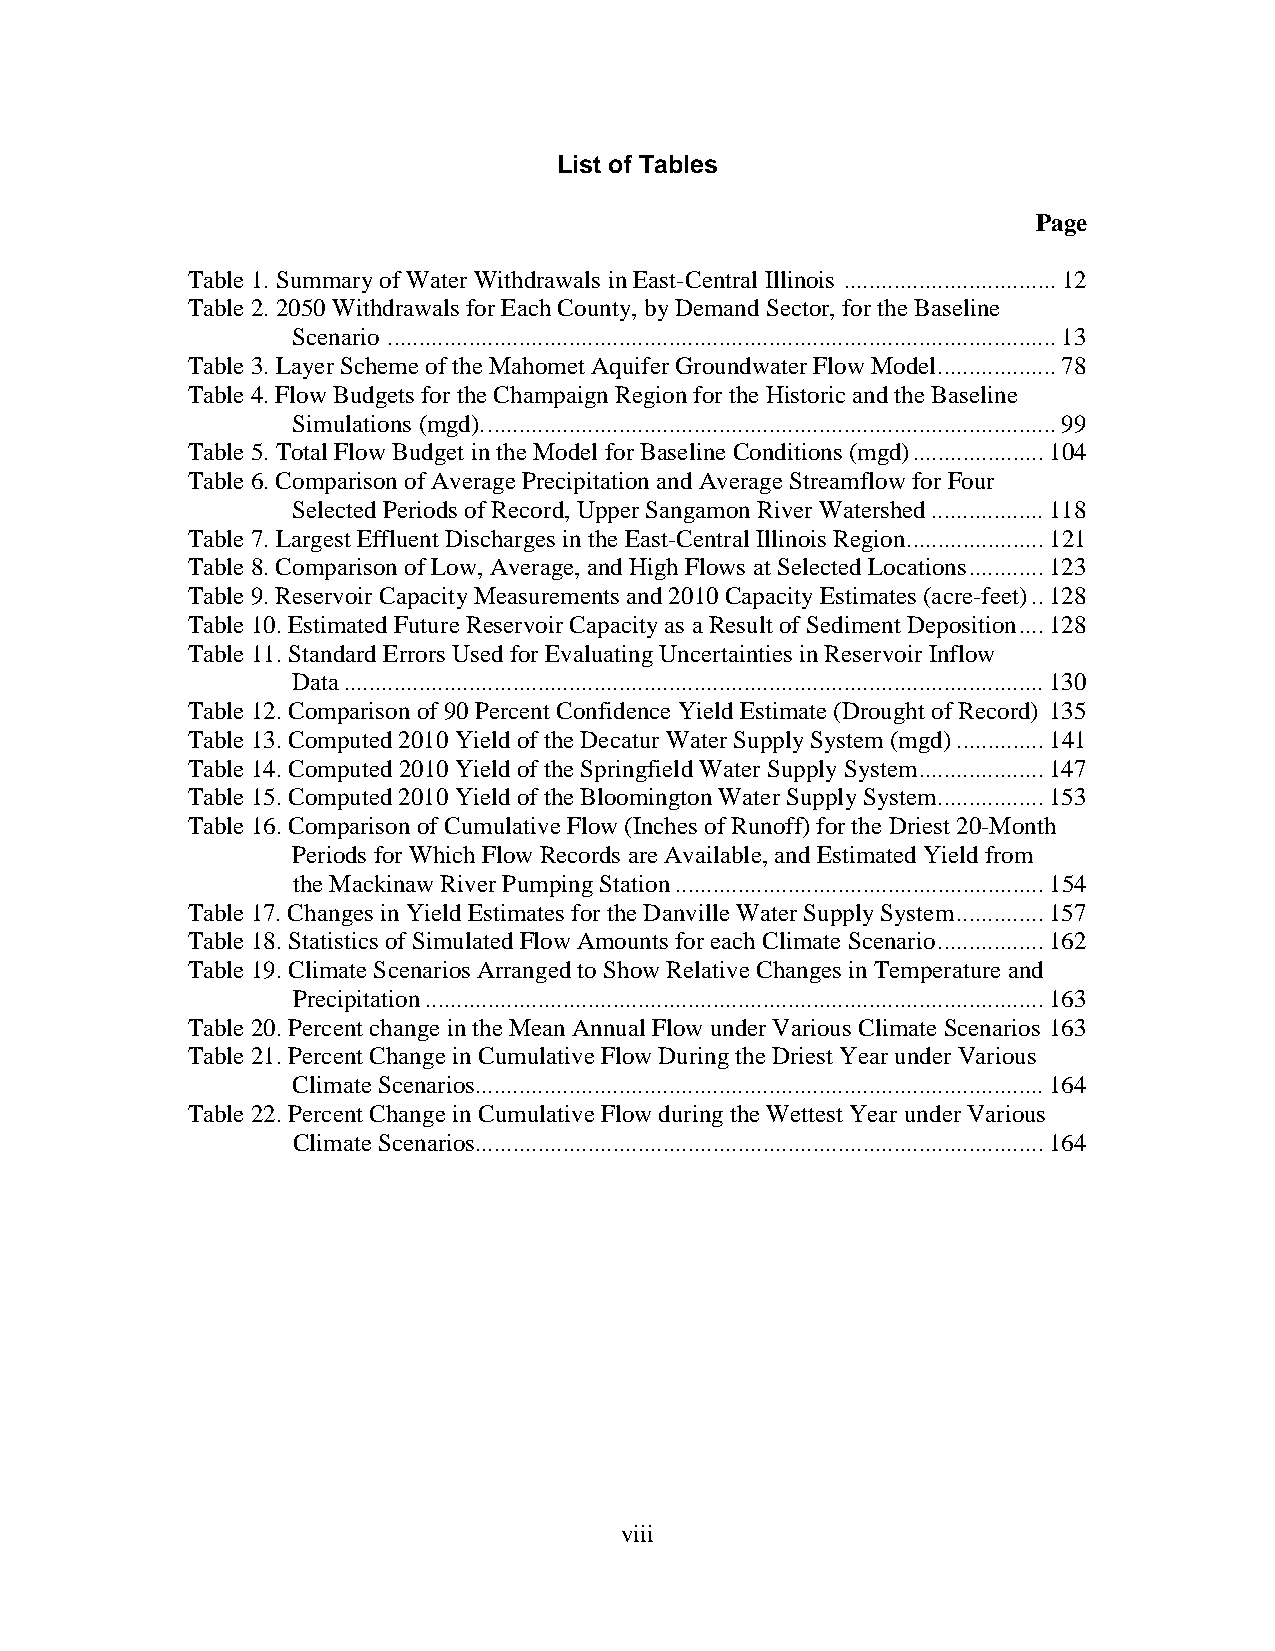
List of Tables
 Page
 Table 1. Summary of Water Withdrawals in East-Central Illinois .................................. 12
 Table 2. 2050 Withdrawals for Each County, by Demand Sector, for the Baseline
 Scenario ........................................................................................................... 13
 Table 3. Layer Scheme of the Mahomet Aquifer Groundwater Flow Model ................... 78
 Table 4. Flow Budgets for the Champaign Region for the Historic and the Baseline
 Simulations (mgd). ........................................................................................... 99
 Table 5. Total Flow Budget in the Model for Baseline Conditions (mgd) ..................... 104
 Table 6. Comparison of Average Precipitation and Average Streamflow for Four
 Selected Periods of Record, Upper Sangamon River Watershed .................. 118
 Table 7. Largest Effluent Discharges in the East-Central Illinois Region ...................... 121
 Table 8. Comparison of Low, Average, and High Flows at Selected Locations ............ 123
 Table 9. Reservoir Capacity Measurements and 2010 Capacity Estimates (acre-feet) .. 128
 Table 10. Estimated Future Reservoir Capacity as a Result of Sediment Deposition .... 128
 Table 11. Standard Errors Used for Evaluating Uncertainties in Reservoir Inflow
 Data ................................................................................................................ 130
 Table 12. Comparison of 90 Percent Confidence Yield Estimate (Drought of Record) 135
 Table 13. Computed 2010 Yield of the Decatur Water Supply System (mgd) .............. 141
 Table 14. Computed 2010 Yield of the Springfield Water Supply System .................... 147
 Table 15. Computed 2010 Yield of the Bloomington Water Supply System ................. 153
 Table 16. Comparison of Cumulative Flow (Inches of Runoff) for the Driest 20-Month
 Periods for Which Flow Records are Available, and Estimated Yield from
 the Mackinaw River Pumping Station ........................................................... 154
 Table 17. Changes in Yield Estimates for the Danville Water Supply System .............. 157
 Table 18. Statistics of Simulated Flow Amounts for each Climate Scenario ................. 162
 Table 19. Climate Scenarios Arranged to Show Relative Changes in Temperature and
 Precipitation ................................................................................................... 163
 Table 20. Percent change in the Mean Annual Flow under Various Climate Scenarios 163
 Table 21. Percent Change in Cumulative Flow During the Driest Year under Various
 Climate Scenarios........................................................................................... 164
 Table 22. Percent Change in Cumulative Flow during the Wettest Year under Various
 Climate Scenarios........................................................................................... 164
 viii